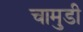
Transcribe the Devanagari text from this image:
चामुडी